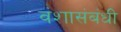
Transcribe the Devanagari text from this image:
वंशासंबंधी